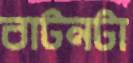
বাটনটা